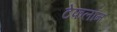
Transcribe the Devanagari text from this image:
टेफलॉन